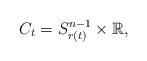
LaTeX: \begin{align*}C_t=S^{n-1}_{r(t)}\times \mathbb{R},\end{align*}